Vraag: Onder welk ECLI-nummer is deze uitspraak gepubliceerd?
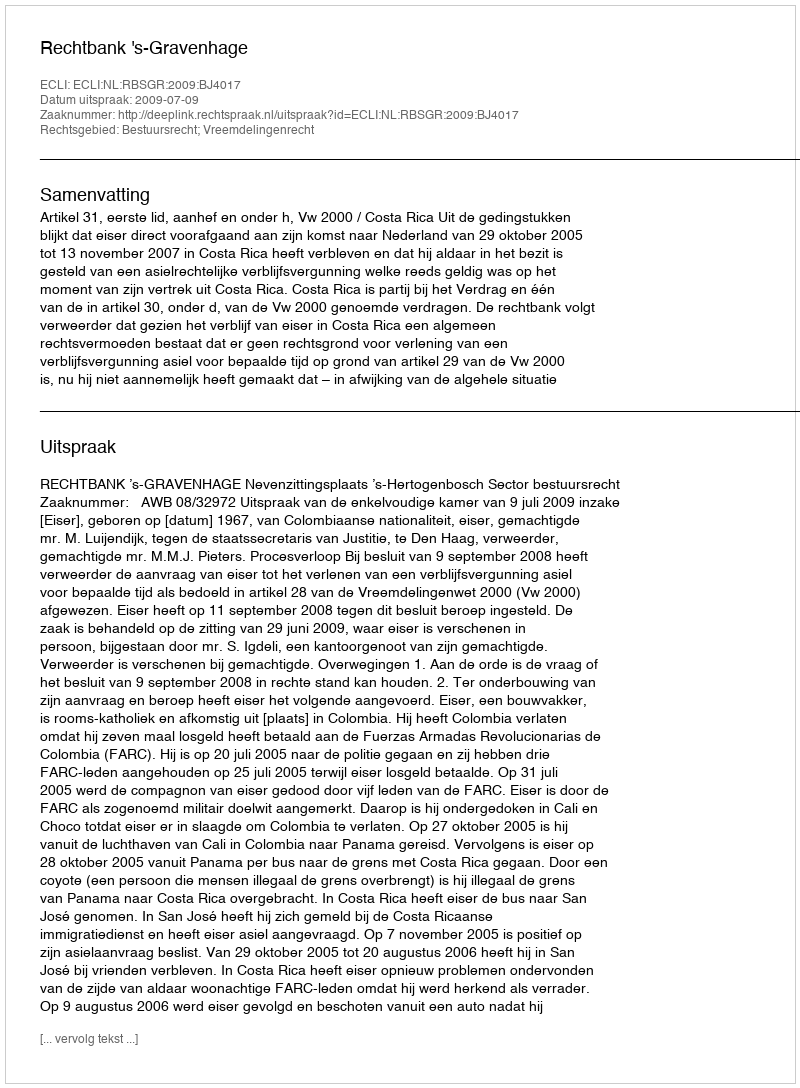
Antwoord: ECLI:NL:RBSGR:2009:BJ4017